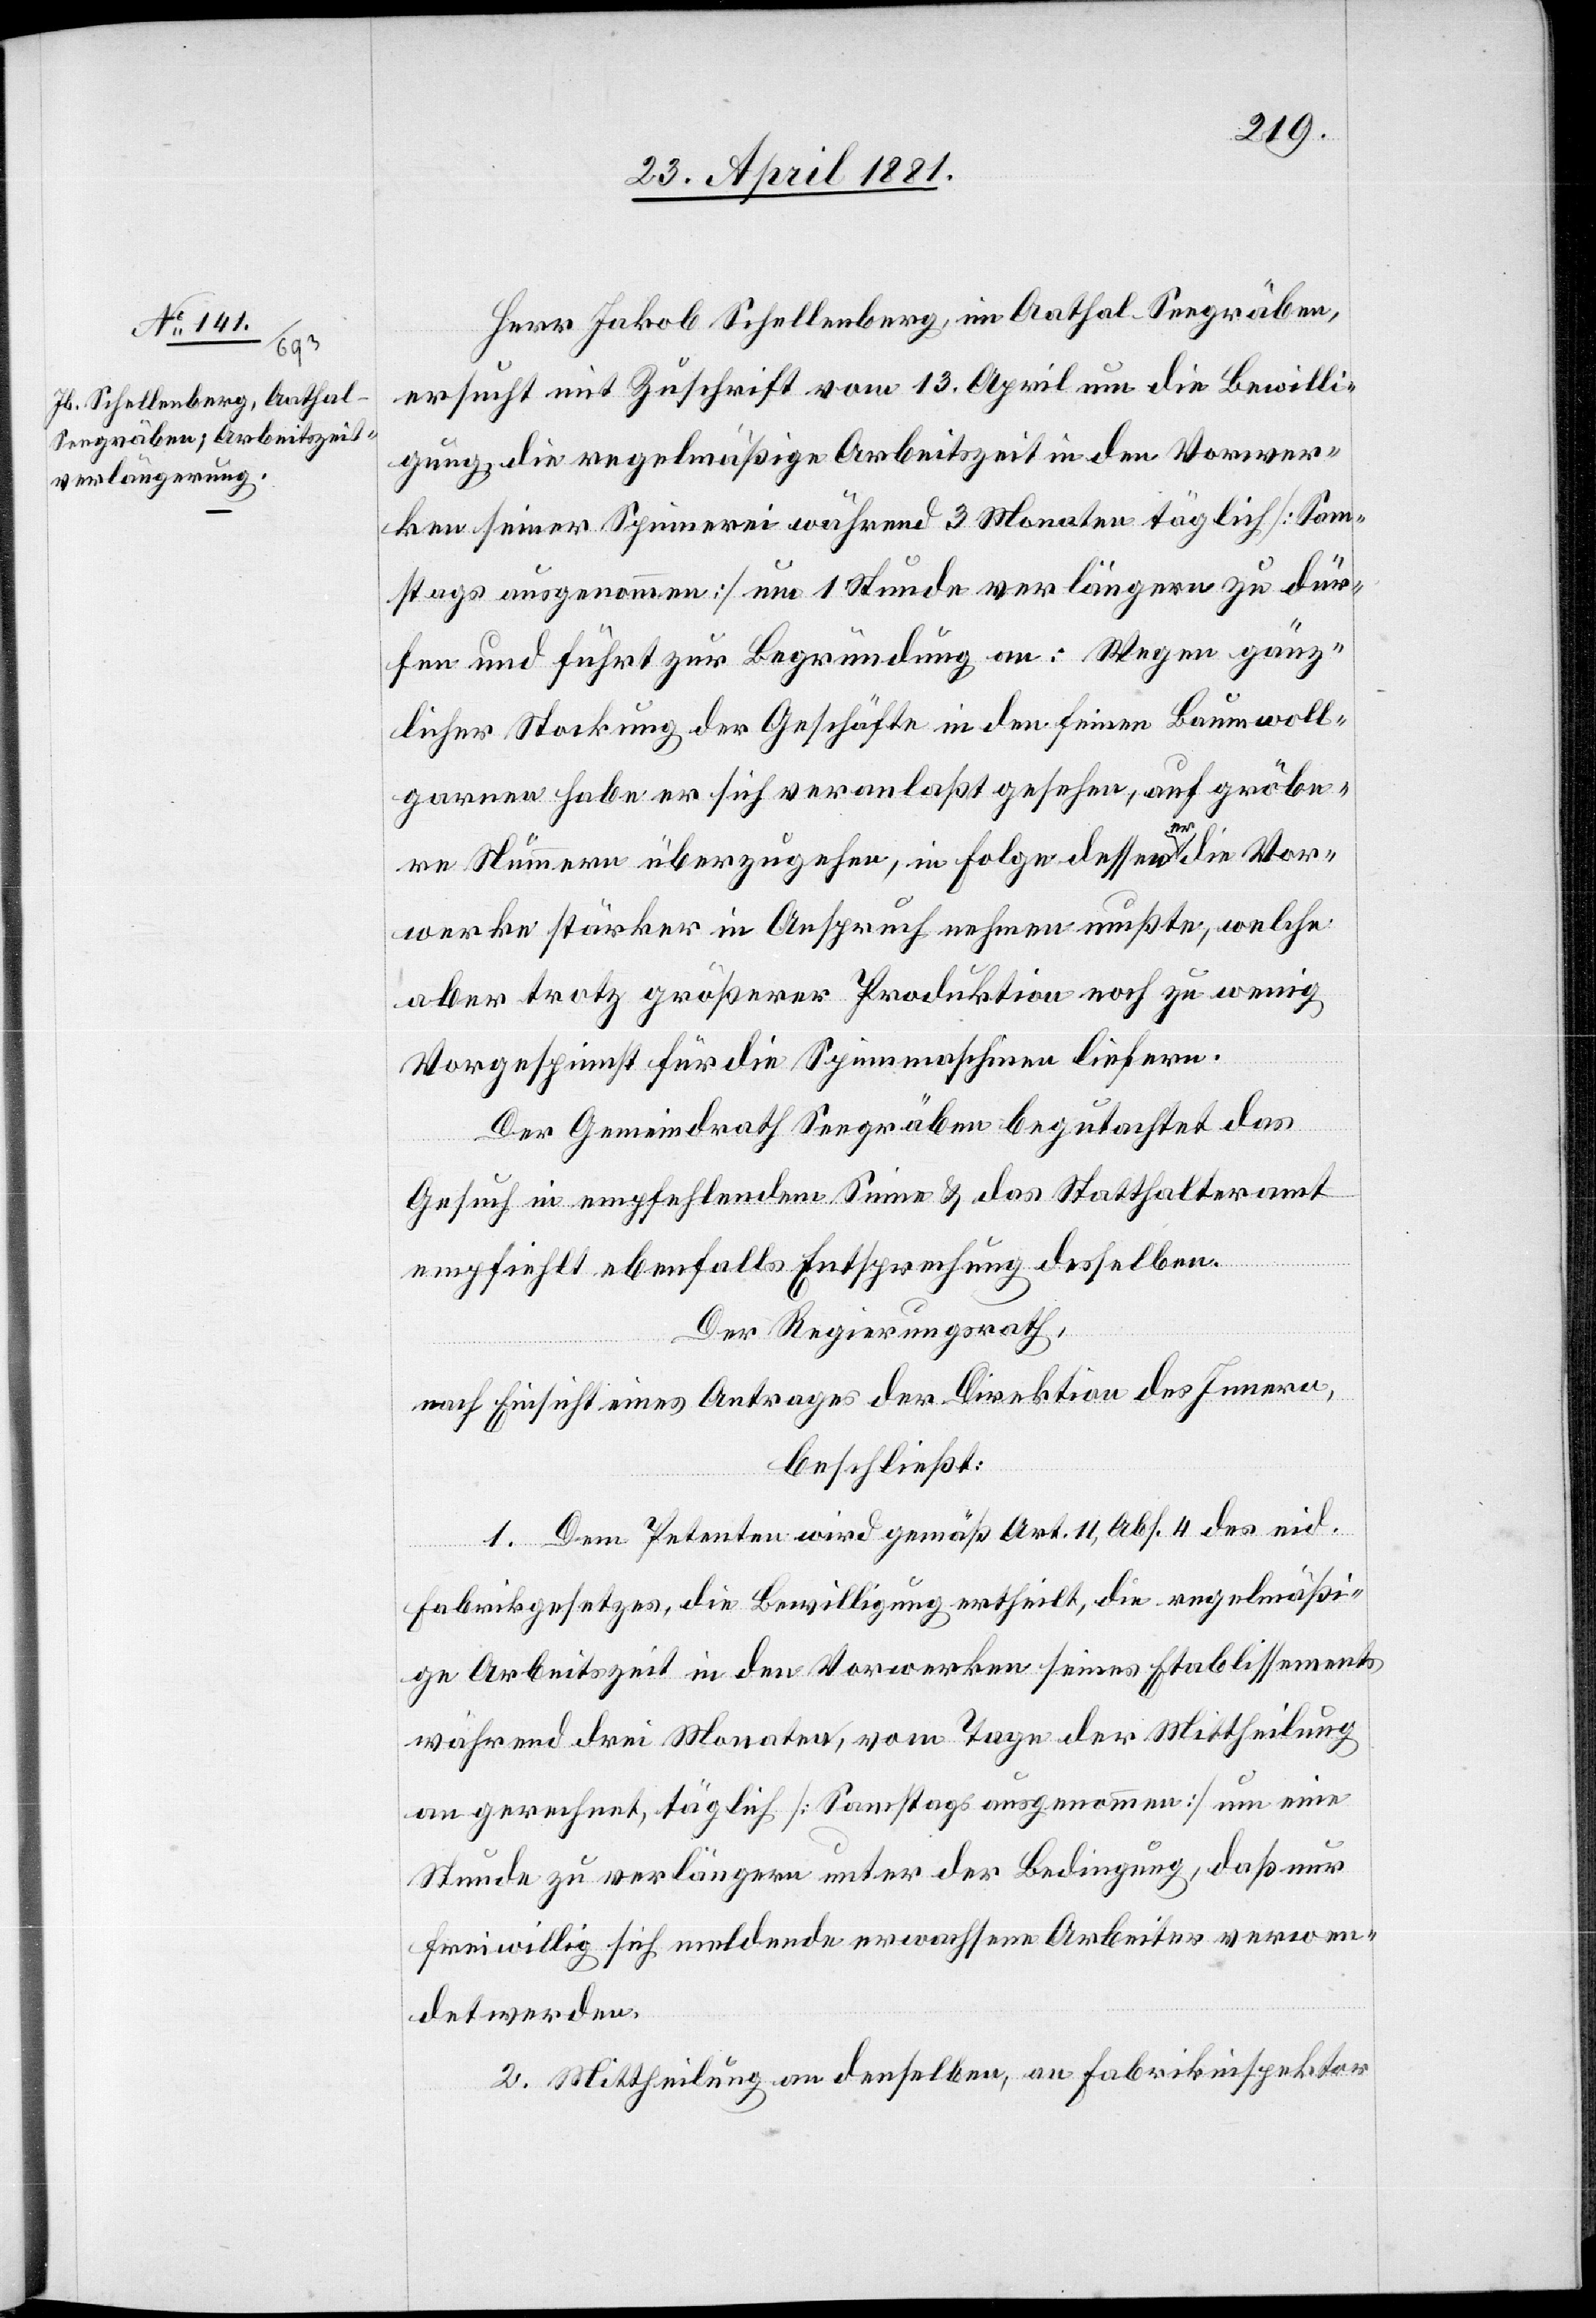
Herr Jakob Schellenberg, in Aathal - Seegräben,
ersucht mit Zuschrift vom 13. April um die Bewilli¬
gung die regelmäßige Arbeitszeit in den Vorwer¬
ken seiner Spinnerei während 3 Monaten täglich [Sam¬
stags ausgenommen] um 1 Stunde verlängern zu dür¬
fen und führt zur Begründung an: Wegen gänz¬
licher Stockung der Geschäfte in den feinen Baumwoll¬
garnen habe er sich veranlaßt gesehen, auf gröbe¬
re Nummern überzugehen, in Folge dessen er die Vor¬
werke stärker in Anspruch nehmen mußte, welche
aber trotz größerer Produktion noch zu wenig
Vorgespinnst für die Spinnmaschinen liefern.
Der Gemeindrath Seegräben begutachtet das
Gesuch in empfehlendem Sinne & das Statthalteramt
empfiehlt ebenfalls Entsprechung desselben.
Der Regierungsrath,
nach Einsicht eines Antrages der Direktion des Innern,
beschließt:
1. Dem Petenten wird gemäß Art. 11, Abs. 4 des eid.
Fabrikgesetzes, die Bewilligung ertheilt die regelmäßi¬
ge Arbeitszeit in den Vorwerken seines Etablissements
während drei Monaten, vom Tage der Mittheilung
an gerechnet, täglich [Samstags ausgenommen] um eine
Stunde zu verlängern unter der Bedingung, daß nur
freiwillig sich meldende erwachsene Arbeiter verwen¬
det werden.
2. Mittheilung an denselben, an Fabrikinspektor